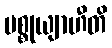
ပစ္စုယျာဟီတိ